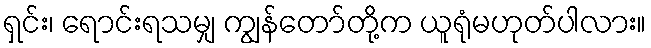
ရှင်း၊ ရောင်းရသမျှ ကျွန်တော်တို့က ယူရုံမဟုတ်ပါလား။